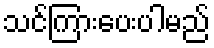
သင်ကြားပေးပါမည်